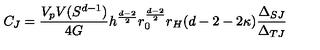
C _ { J } = \frac { V _ { p } V ( S ^ { d - 1 } ) } { 4 G } h ^ { \frac { d - 2 } { 2 } } r _ { 0 } ^ { \frac { d - 2 } { 2 } } r _ { H } ( d - 2 - 2 \kappa ) \frac { \Delta _ { S J } } { \Delta _ { T J } }